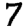
Digit: 7